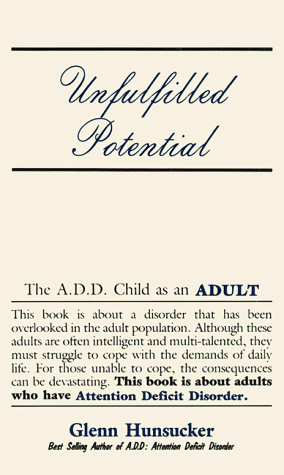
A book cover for Unfulfilled Potential; Glenn Hunsucker; Parenting & Relationships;